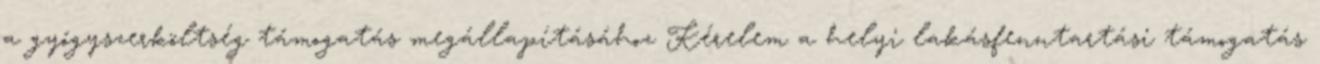
a gyógyszerköltség támogatás megállapításához Kérelem a helyi lakásfenntartási támogatás